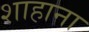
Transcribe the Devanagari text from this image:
शाहाना